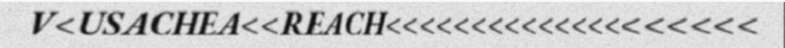
V<USACHEA<<REACH<<<<<<<<<<<<<<<<<<<<